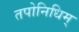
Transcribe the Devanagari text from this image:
तपोनिधिम्